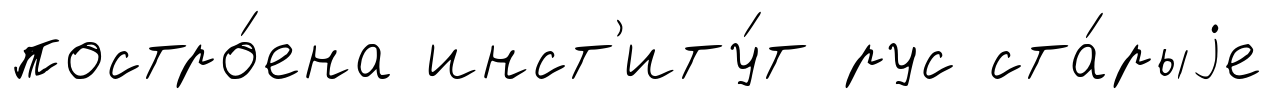
постро́ена инст'иту́т рус ста́рыjе